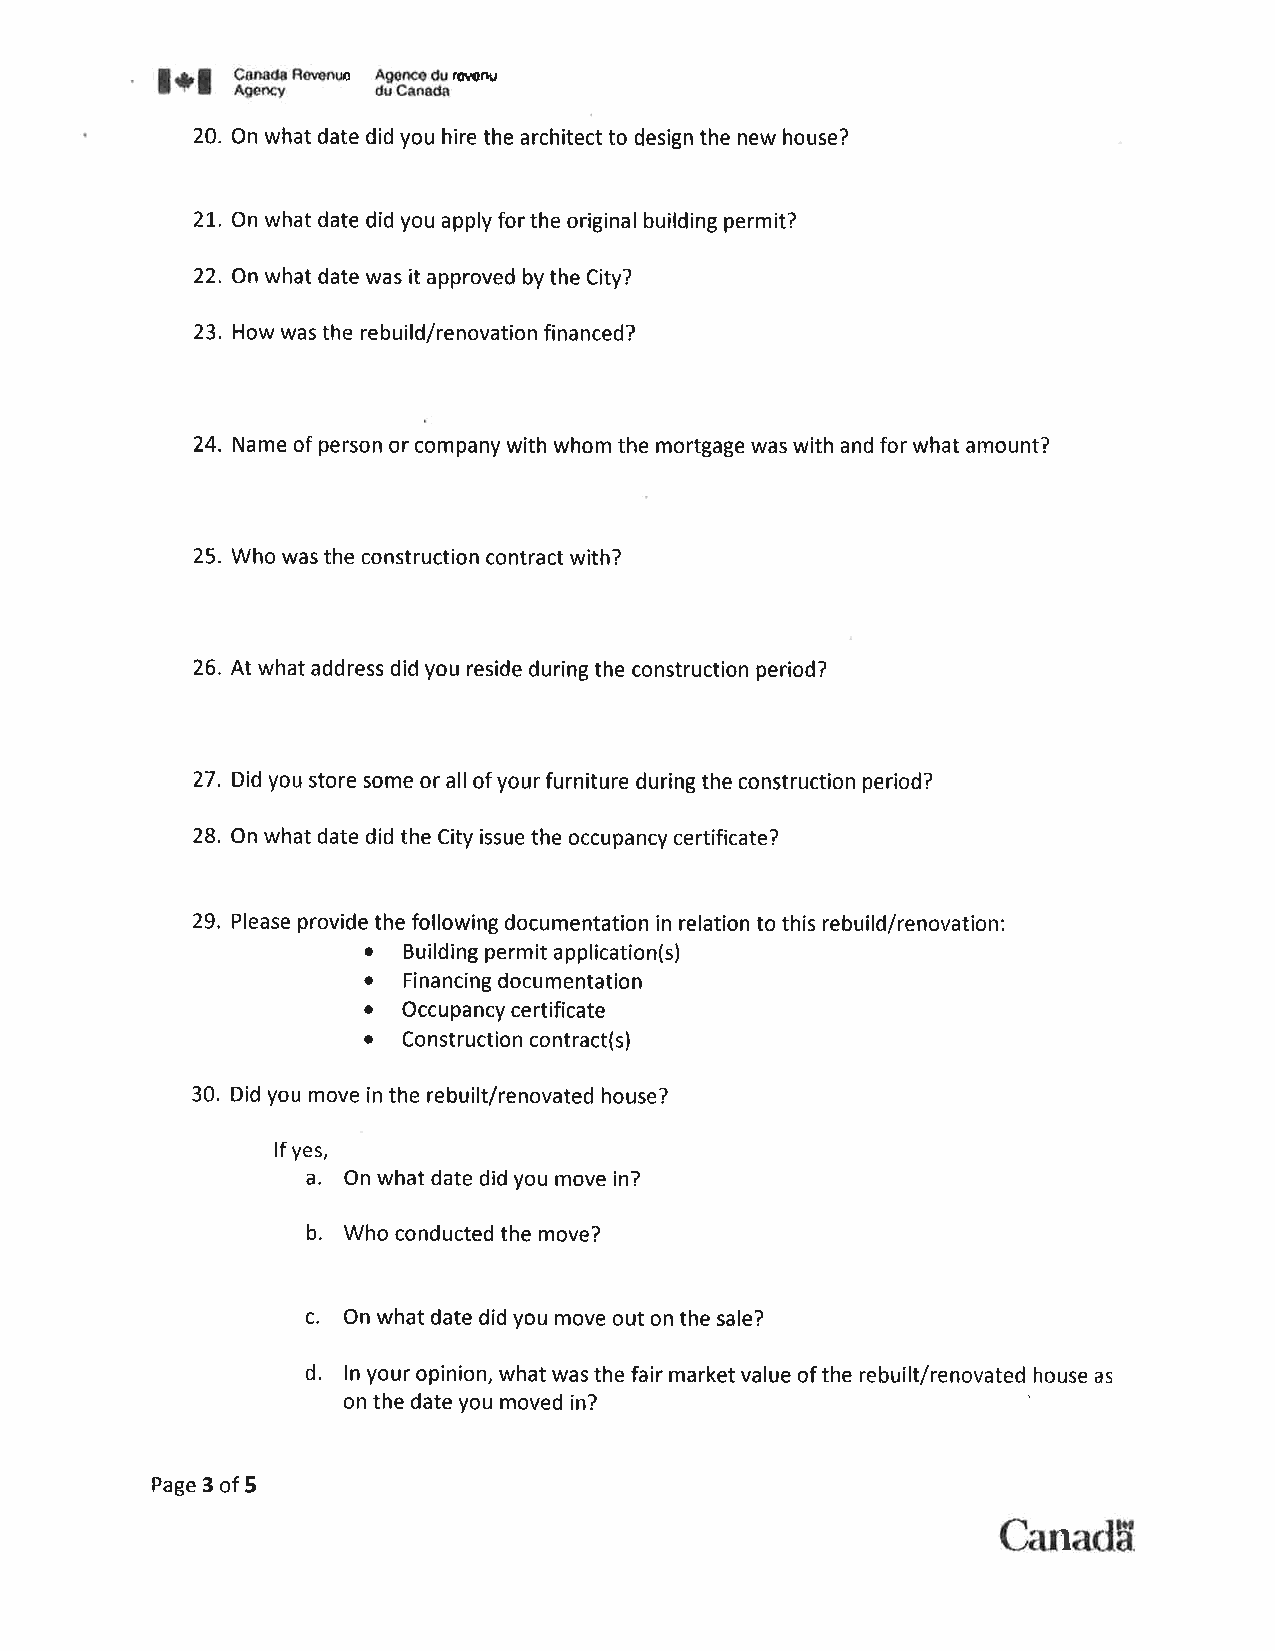
*É
 l*l   ffi      Aeoncadu'ot'snu
 20. On what date did you hire the architect to design the new house?
 2L. On what date did you apply for the original building permit?
 22. On what date was it approved by the City?
 23. How was the rebuild/renovation financed?
 24. Name of person or company with whom the mortgage was with and for what amount?
 25. Who was the construction contract with?
 26. At what address did you reside during the construction period?
 27 . Did you store some or all of your furniture during the construction period?
 28. On what date did the City issue the occupancy certificate?
 2e
 P ease """':"'lllffi.1ïiffå,1fttre'a'Ì on'Îo'Ïh s rebu on :
 'd/renova'Î
 30. Did you move in the rebuilt/renovated house?
 lf yes,
 a.
 On what date did you move in?
 b.
 Who conducted the move?
 c. On what date did you move out on the sale?
 d,
 ln your opinion, what was the fair market value of the rebuilt/renovated house as
 on the date you moved in?
 Page 3 of 5
 C.,anartH